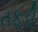
તફડી